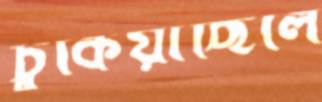
চুকিয়াছিলে